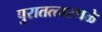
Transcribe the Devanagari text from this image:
पुरातत्त्वस्थळे